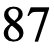
87